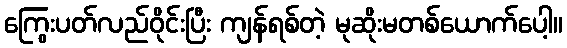
ကြွေးပတ်လည်ဝိုင်းပြီး ကျန်ရစ်တဲ့ မုဆိုးမတစ်ယောက်ပေါ့။